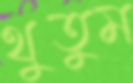
থুতুম